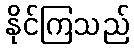
နိုင်ကြသည်